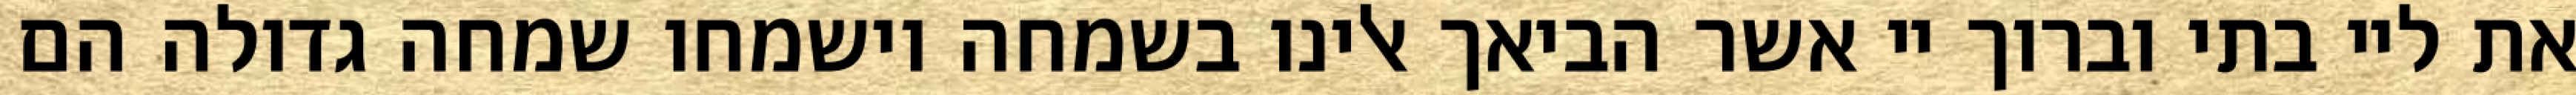
את ליי בתי וברוך יי אשר הביאך אלינו בשמחה וישמחו שמחה גדולה הם